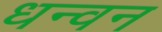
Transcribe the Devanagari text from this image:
धन्वन